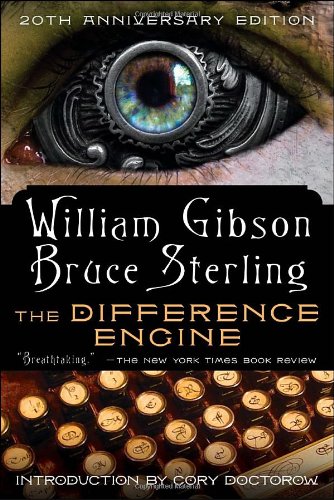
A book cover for The Difference Engine; William Gibson; Mystery, Thriller & Suspense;